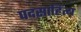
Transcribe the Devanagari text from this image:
पदसाहित्य